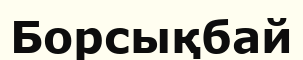
Борсықбай